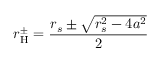
r _ { \mathrm { { H } } } ^ { \pm } = { \frac { r _ { s } \pm { \sqrt { r _ { s } ^ { 2 } - 4 a ^ { 2 } } } } { 2 } }